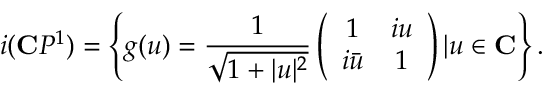
i ( \mathbf { C } P ^ { 1 } ) = \left\{ g ( u ) = \frac { 1 } { \sqrt { 1 + | u | ^ { 2 } } } \left( \begin{array} { c c } { { 1 } } & { { i u } } \\ { { i \bar { u } } } & { { 1 } } \end{array} \right) | u \in \mathbf { C } \right\} .